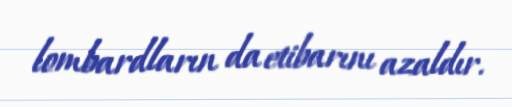
lombardların da etibarını azaldır.